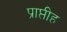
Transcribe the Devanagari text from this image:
प्राप्तीह